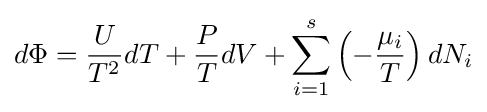
d\Phi ={\frac {U}{T^{2}}}dT+{\frac {P}{T}}dV+\sum _{i=1}^{s}\left(-{\frac {\mu _{i}}{T}}\right)dN_{i}